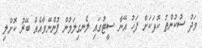
މަދު ސުކުންތު ކޮޅަކަށް ފަހު އޭނާ ސީޓުގައި ލެނގިލަމުން ފުންނޭވާއެއް ބޭރު ކޮށްލި